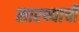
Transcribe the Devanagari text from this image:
सारथ्याची